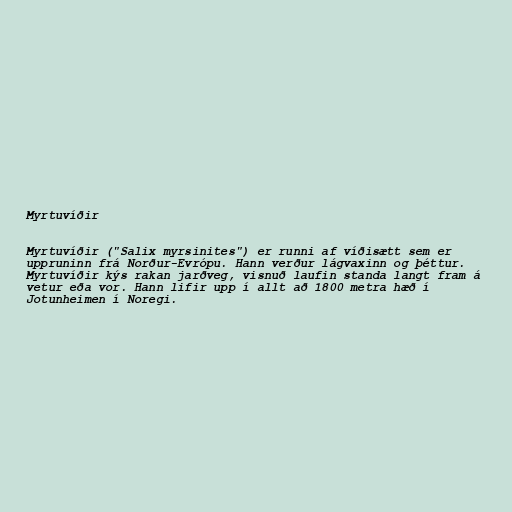
Myrtuvíðir

Myrtuvíðir ("Salix myrsinites") er runni af víðisætt sem er
uppruninn frá Norður-Evrópu. Hann verður lágvaxinn og þéttur.
Myrtuvíðir kýs rakan jarðveg, visnuð laufin standa langt fram á
vetur eða vor. Hann lifir upp í allt að 1800 metra hæð í
Jotunheimen í Noregi.